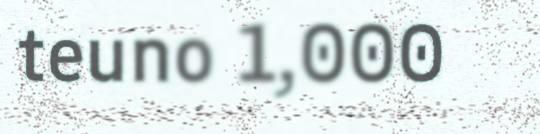
teuno 1,000